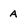
Character: A